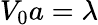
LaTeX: V_{0}a=\lambda